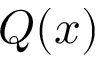
Q ( x )